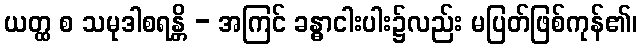
ယတ္ထ စ သမုဒါစရန္တိ - အကြင် ခန္ဓာငါးပါး၌လည်း မပြတ်ဖြစ်ကုန်၏၊